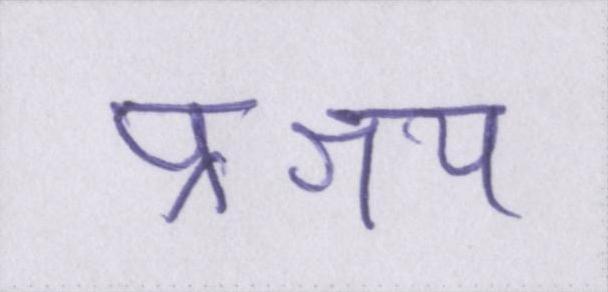
प्रश्रय